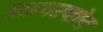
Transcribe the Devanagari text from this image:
हाइपरप्लेन